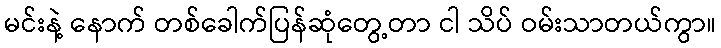
မင်းနဲ့ နောက် တစ်ခေါက်ပြန်ဆုံတွေ့တာ ငါ သိပ် ဝမ်းသာတယ်ကွာ။